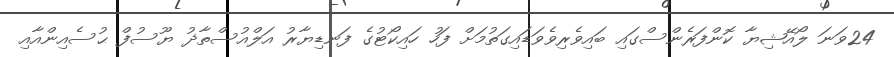
24ވަނަ ލޯއޭޝިޔާ ކޮންފަރެންސްގައި ބައިވެރިވެވަޑައިގަތުމަށް ފަހު ހައިކޯޓުގެ ފަނޑިޔާރު އަލްއުސްތާޛު ޔޫސުފް ޙުސެއިންއާއި